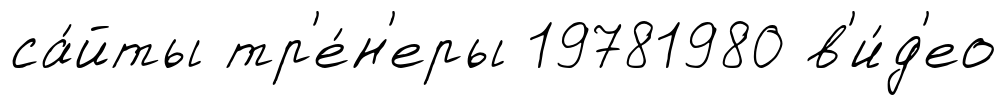
са́йты тр'е́н'еры 19781980 в'и́д'ео